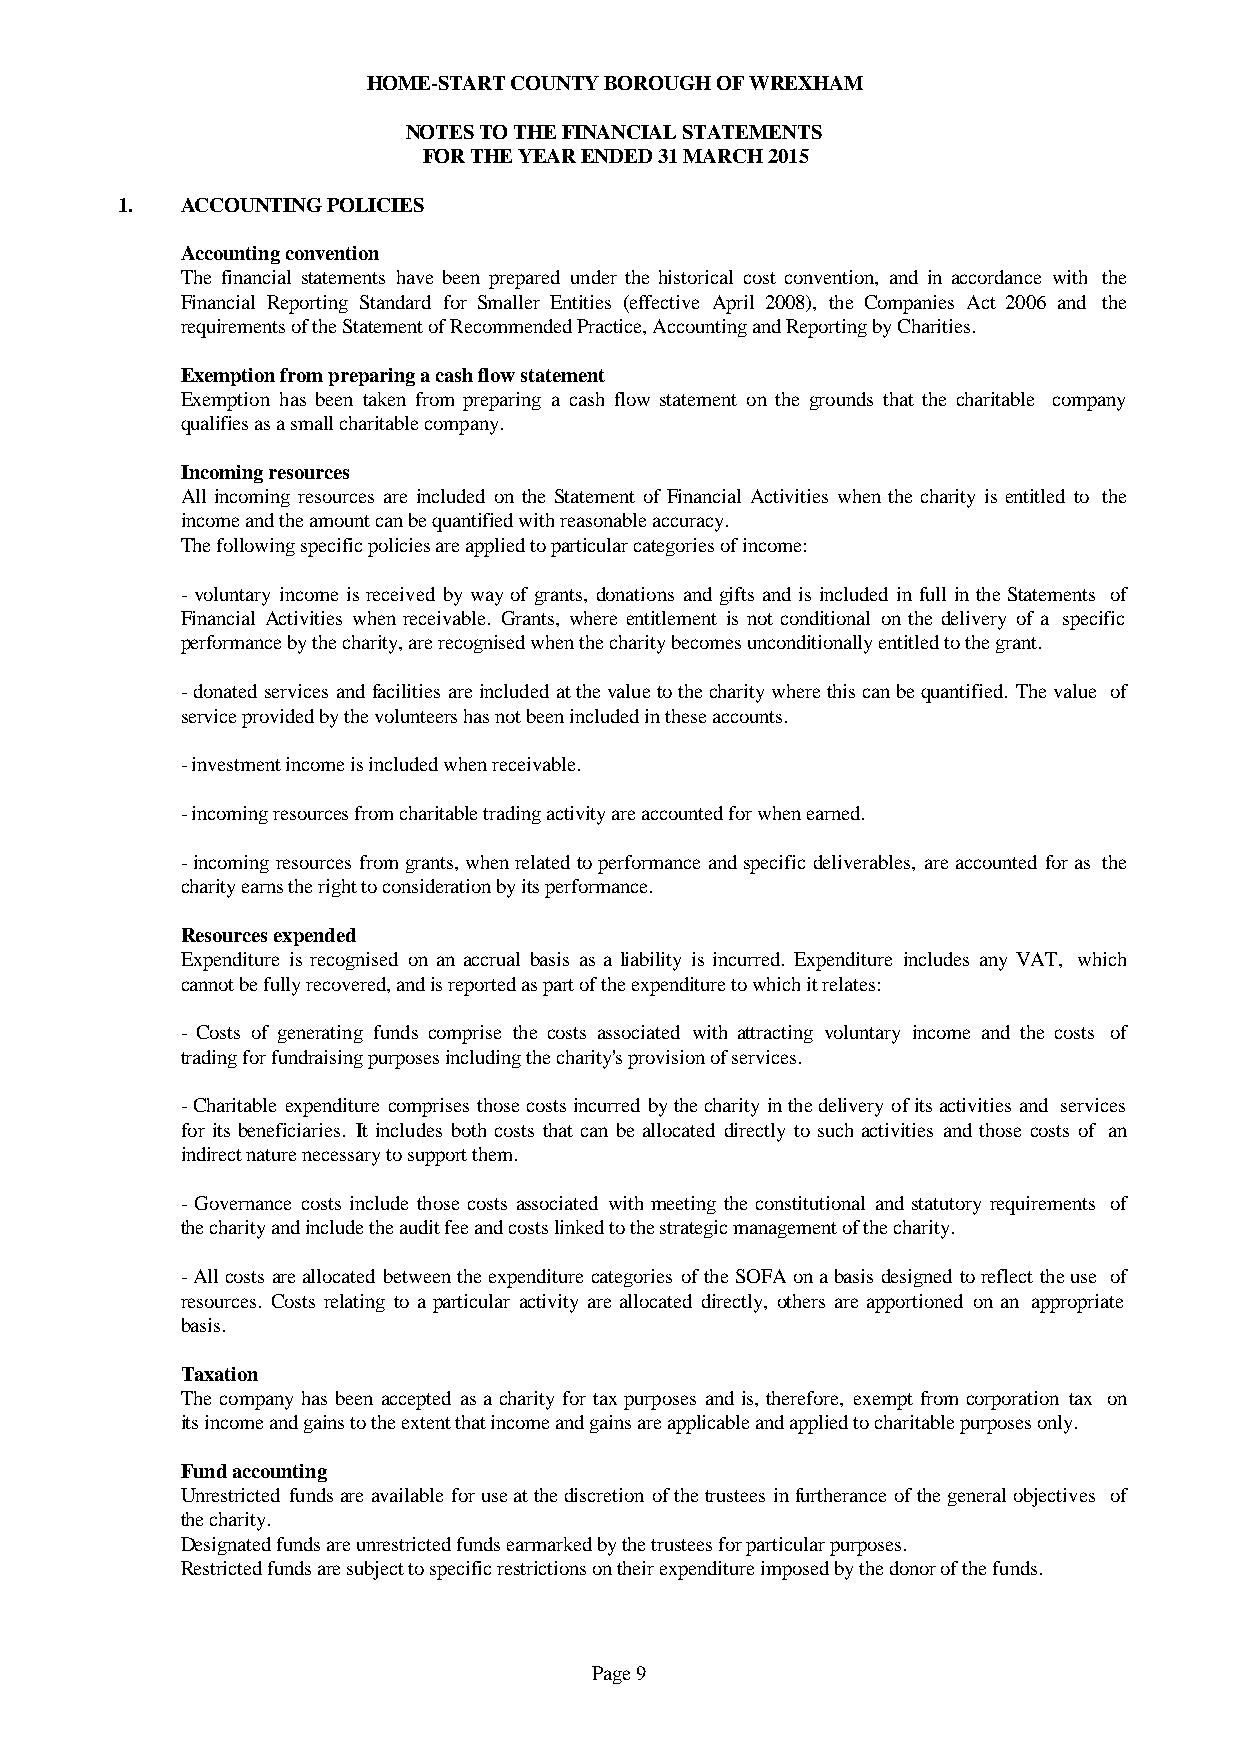
HOME-START COUNTY BOROUGH OF WREXHAM
 NOTES TO THE FINANCIAL STATEMENTS
 FOR THE YEAR ENDED 31 MARCH 2015
 1.  ACCOUNTING POLICIES
 Accounting convention
 The financial statements have been prepared under the historical cost convention, and in accordance with the
 Financial Reporting Standard for Smaller Entities (effective April 2008), the Companies Act 2006 and the
 requirements of the Statement of Recommended Practice, Accounting and Reporting by Charities.
 Exemption from preparing a cash flow statement
 Exemption has been taken from preparing a cash flow statement on the grounds that the charitable company
 qualifies as a small charitable company.
 Incoming resources
 All incomingresources are included on the Statementof Financial Activities whenthe charity is entitled to the
 income and the amount can be quantified with reasonable accuracy.
 The following specific policies are applied to particular categories of income:
 -voluntaryincomeis received bywayof grants,donations and giftsand is included infullintheStatements of
 Financial Activities when receivable. Grants, where entitlement is not conditional on the delivery of a specific
 performance by the charity, are recognised when the charity becomes unconditionally entitled to the grant.
 -donatedservicesandfacilitiesareincludedatthevaluetothecharitywherethiscanbequantified.Thevalue of
 service provided by the volunteers has not been included in these accounts.
 - investment income is included when receivable.
 - incoming resources from charitable trading activity are accounted for when earned.
 -incomingresourcesfromgrants,whenrelatedtoperformanceandspecificdeliverables,areaccountedforas the
 charity earns the right to consideration by its performance.
 Resources expended
 Expenditure is recognised on an accrual basis as a liability is incurred. Expenditure includes any VAT, which
 cannot be fully recovered, and is reported as part of the expenditure to which it relates:
 - Costs of generating funds comprise the costs associated with attracting voluntary income and the costs of
 trading for fundraising purposes including the charity's provision of services.
 -Charitableexpenditurecomprisesthosecostsincurredbythecharityinthedeliveryofitsactivitiesand services
 for its beneficiaries. It includes both costs that can be allocated directly to such activities and those costs of an
 indirect nature necessary to support them.
 - Governance costs include those costs associated withmeetingthe constitutional and statutory requirements of
 the charity and include the audit fee and costs linked to the strategic management of the charity.
 -AllcostsareallocatedbetweentheexpenditurecategoriesoftheSOFAonabasisdesignedtoreflecttheuse of
 resources. Costs relating to a particular activityare allocated directly, others are apportioned on an appropriate
 basis.
 Taxation
 The companyhasbeen accepted as a charityfor taxpurposes and is,therefore, exemptfromcorporation tax on
 its income and gains to the extent that income and gains are applicable and applied to charitable purposes only.
 Fund accounting
 Unrestrictedfundsareavailableforuseatthediscretionofthetrusteesinfurtheranceofthegeneralobjectives of
 the charity.
 Designated funds are unrestricted funds earmarked by the trustees for particular purposes.
 Restricted funds are subject to specific restrictions on their expenditure imposed by the donor of the funds.
 Page 9